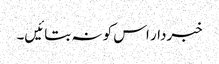
خبردار اس کو نہ بتائیں۔